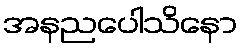
အနညပေါသိနော